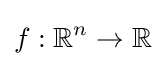
f:\mathbb {R} ^{n}\to \mathbb {R}